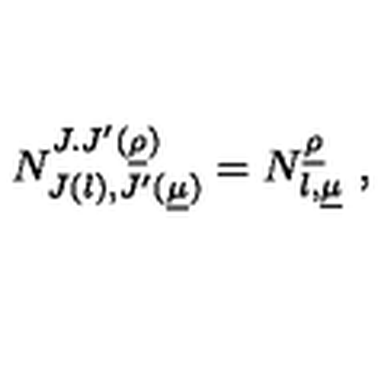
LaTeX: N _ { J ( \l ) , J ^ { \prime } ( \underline { { \mu } } ) } ^ { J . J ^ { \prime } ( \underline { { \rho } } ) } = N _ { \l , \underline { { \mu } } } ^ { \underline { { \rho } } } \ ,